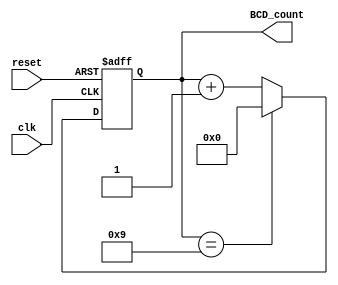
module BCD_counter(
    input clk,
    input reset,
    output reg [3:0] BCD_count
);

always @(posedge clk or posedge reset) begin
    if (reset) begin
        BCD_count <= 4'b0000;
    end else begin
        if (BCD_count == 4'b1001) begin
            BCD_count <= 4'b0000;
        end else begin
            BCD_count <= BCD_count + 1;
        end
    end
end

endmodule